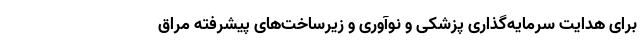
برای هدایت سرمایه‌گذاری پزشکی و نوآوری و زیرساخت‌های پیشرفته مراق